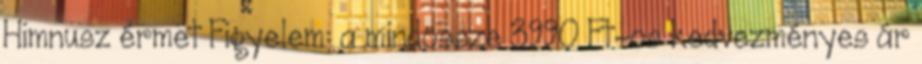
Himnusz érmet Figyelem: a mindössze 3990 Ft-os kedvezményes ár